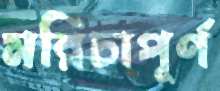
মরিচাপূর্ণ